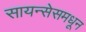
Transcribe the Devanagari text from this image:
सायन्सेसमधून